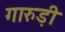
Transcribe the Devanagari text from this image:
गारुड़ी